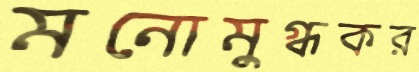
মনোমুগ্ধকর